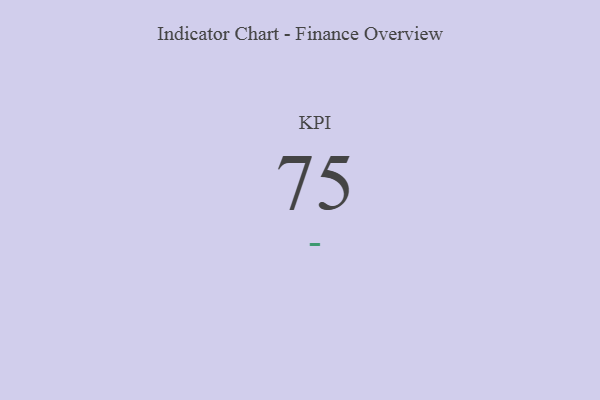
{"axis": {"x": "KPI", "y": "Value"}, "legend": [""], "data": [{"x": "KPI", "y": 75, "type": ""}]}